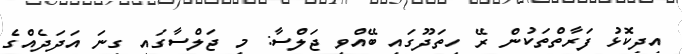
އިދިކޮޅު ފަރާތްތަކުން ރޭ ހިތަދޫގައި ބޭއްވި ޖަލްސާ: މި ޖަލްސާގައި ގިނަ އަދަދެއްގެ